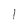
Character: l